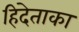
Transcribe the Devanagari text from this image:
हिदेताका